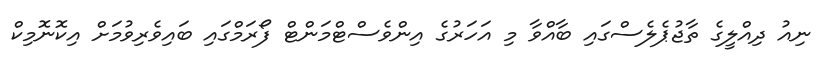
ނިއު ދިއްލީގެ ތާޖުޕެލެސްގައި ބާއްވާ މި އަހަރުގެ އިންވެސްޓްމަންޓް ފޯރަމްގައި ބައިވެރިވުމަށް އިކޮނޮމިކް